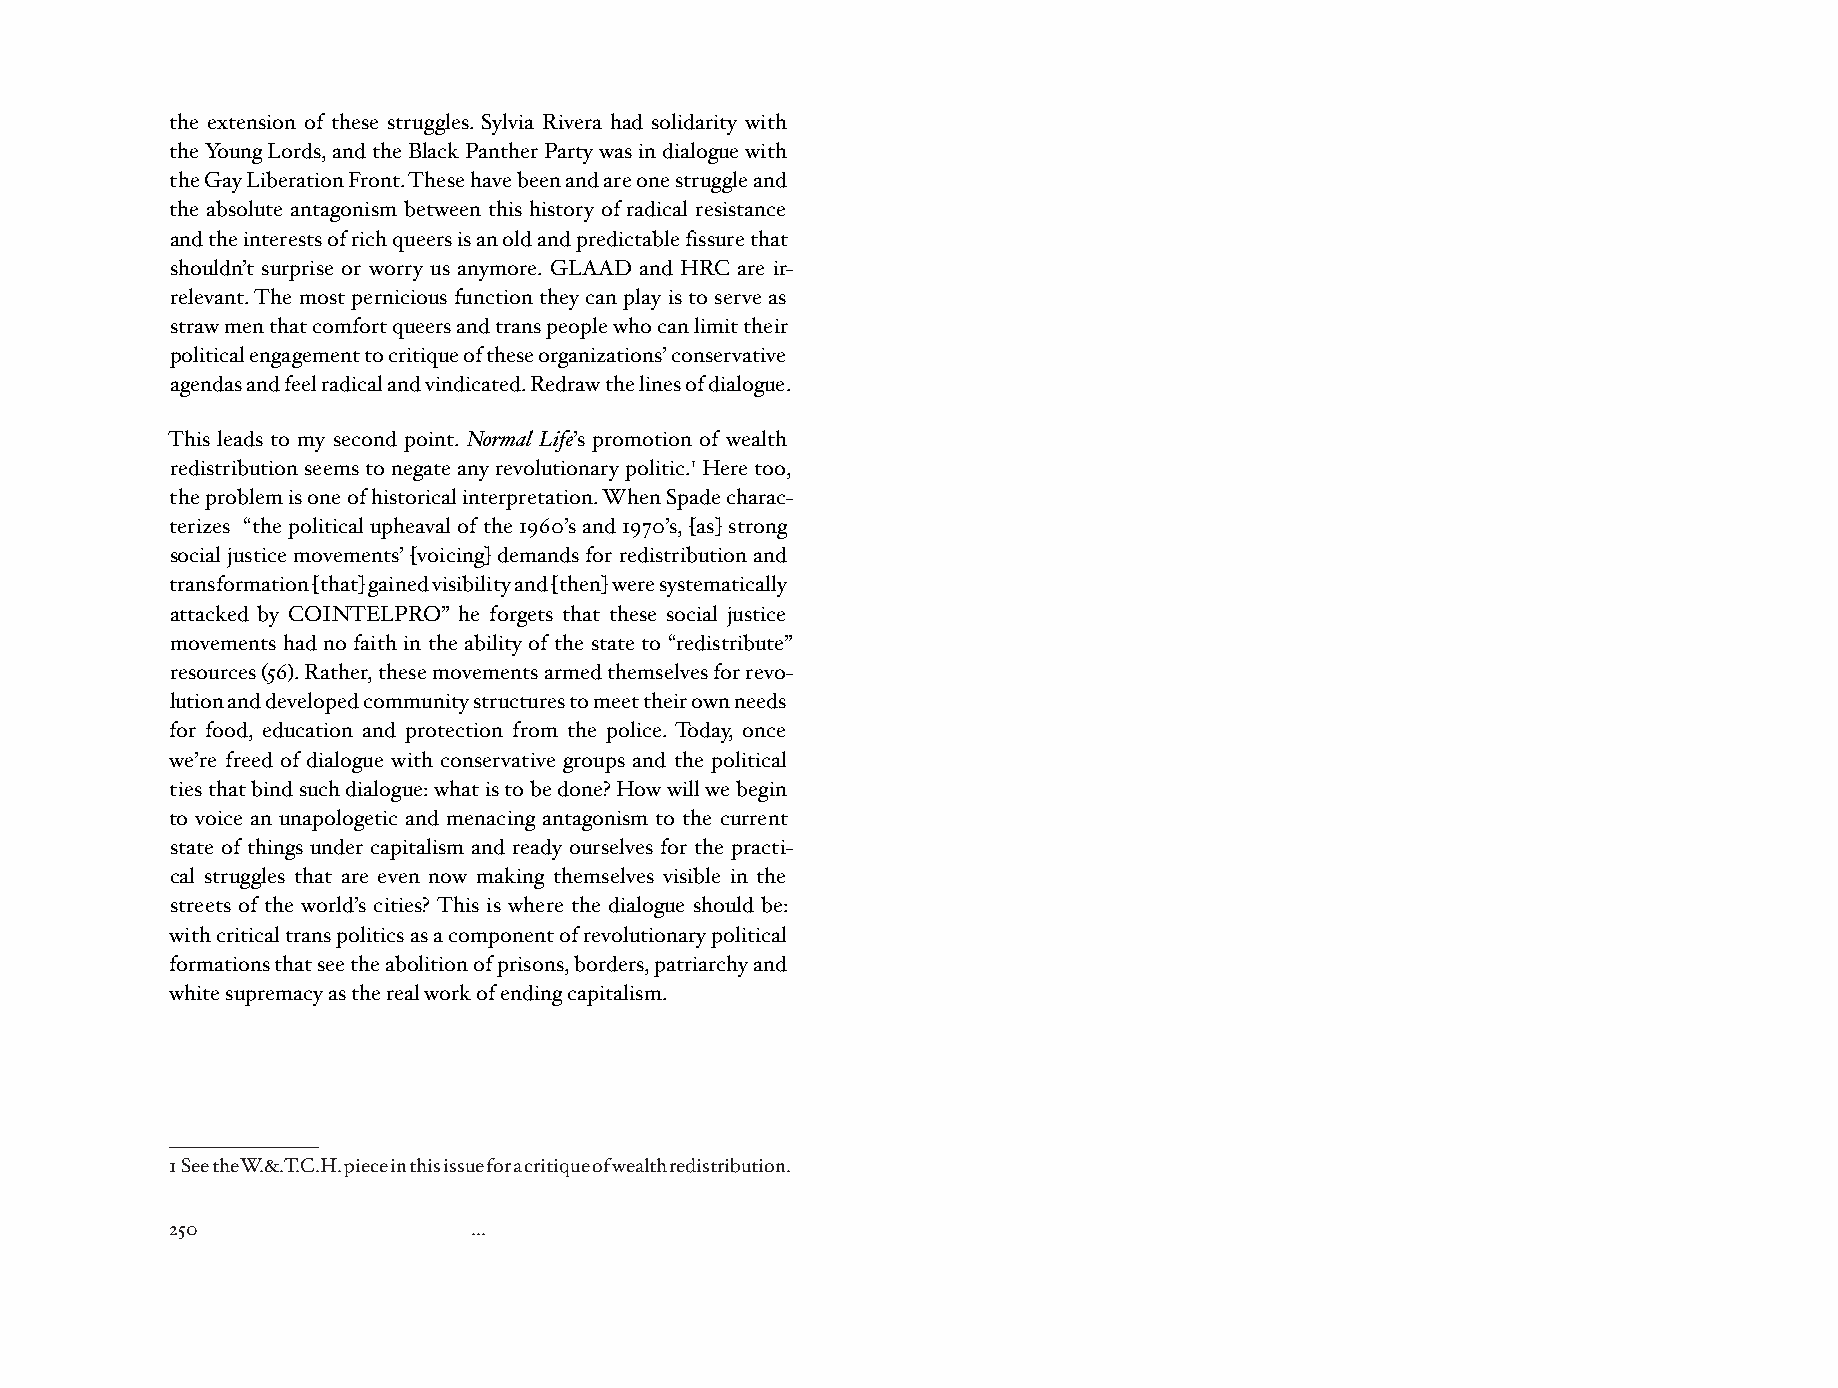
the extension of these struggles. Sylvia Rivera had solidarity with
 the Young Lords, and the Black Panther Party was in dialogue with
 the Gay Liberation Front. These have been and are one struggle and
 the absolute antagonism between this history of radical resistance
 and the interests of rich queers is an old and predictable fissure that
 shouldn’t surprise or worry us anymore. GLAAD and HRC are ir-
 relevant. The most pernicious function they can play is to serve as
 straw men that comfort queers and trans people who can limit their
 political engagement to critique of these organizations’ conservative
 agendas and feel radical and vindicated. Redraw the lines of dialogue.
 This leads to my second point. Normal Life’s promotion of wealth
 redistribution seems to negate any revolutionary politic.1 Here too,
 the problem is one of historical interpretation. When Spade charac-
 terizes “the political upheaval of the 1960’s and 1970’s, [as] strong
 social justice movements’ [voicing] demands for redistribution and
 transformation [that] gained visibility and [then] were systematically
 attacked by COINTELPRO” he forgets that these social justice
 movements had no faith in the ability of the state to “redistribute”
 resources (56). Rather, these movements armed themselves for revo-
 lution and developed community structures to meet their own needs
 for food, education and protection from the police. Today, once
 we’re freed of dialogue with conservative groups and the political
 ties that bind such dialogue: what is to be done? How will we begin
 to voice an unapologetic and menacing antagonism to the current
 state of things under capitalism and ready ourselves for the practi-
 cal struggles that are even now making themselves visible in the
 streets of the world’s cities? This is where the dialogue should be:
 with critical trans politics as a component of revolutionary political
 formations that see the abolition of prisons, borders, patriarchy and
 white supremacy as the real work of ending capitalism.
 1 See the W.&.T.C.H. piece in this issue for a critique of wealth redistribution.
 250                 ...